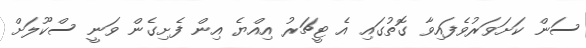
ސަން ކަށަވަރުވެފައިވާ ގޮތުގައި އެ ޓީޗަރު އިއްޔެ އިން ފެށިގެން ވަނީ ސްކޫލަށް